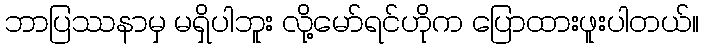
ဘာပြဿနာမှ မရှိပါဘူး လို့မော်ရင်ဟိုက ပြောထားဖူးပါတယ်။